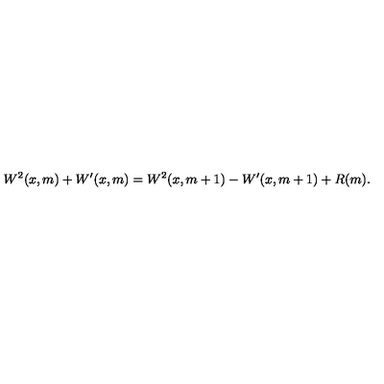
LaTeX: W ^ { 2 } ( x , m ) + W ^ { \prime } ( x , m ) = W ^ { 2 } ( x , m + 1 ) - W ^ { \prime } ( x , m + 1 ) + R ( m ) .